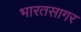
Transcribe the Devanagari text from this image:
भारतसागर